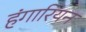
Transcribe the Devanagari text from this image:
हंगारियन